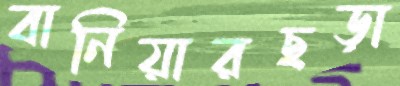
বানিয়ারছড়া